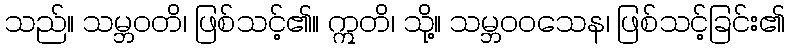
သည်။ သမ္ဘဝတိ၊ ဖြစ်သင့်၏။ ဣတိ၊ သို့။ သမ္ဘဝဝသေန၊ ဖြစ်သင့်ခြင်း၏